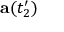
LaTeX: \mathbf { a } ( t _ { 2 } ^ { \prime } )